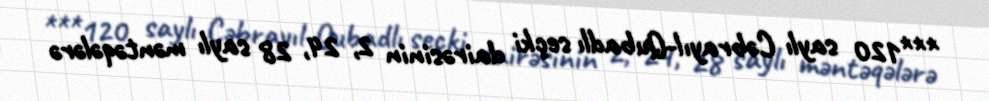
***120 saylı Cəbrayıl-Qubadlı seçki dairəsinin 2, 24, 28 saylı məntəqələrə